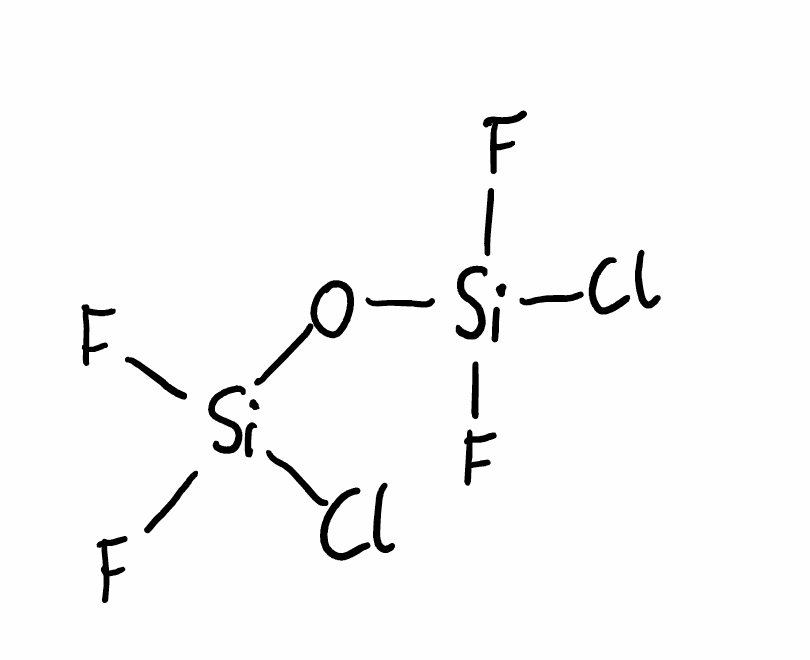
Simplified molecular-input line-entry system (SMILES) notation of the given molecule:
O([Si](F)(F)Cl)[Si](F)(F)Cl